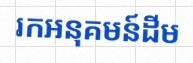
រកអនុគមន៍ដើម